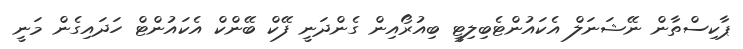
ޕާކިސްތާން ނޭޝަނަލް އެކައުންޓެބިލިޓީ ބިއުރޯއިން ގެންދަނީ ފޭކް ބޭންކް އެކައުންޓް ހަދައިގެން މަނީ